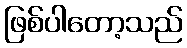
ဖြစ်ပါတော့သည်